Report of an investigation of the epidemic of malarial fever in Assam, or, kala-azar
Disease focus: Malaria
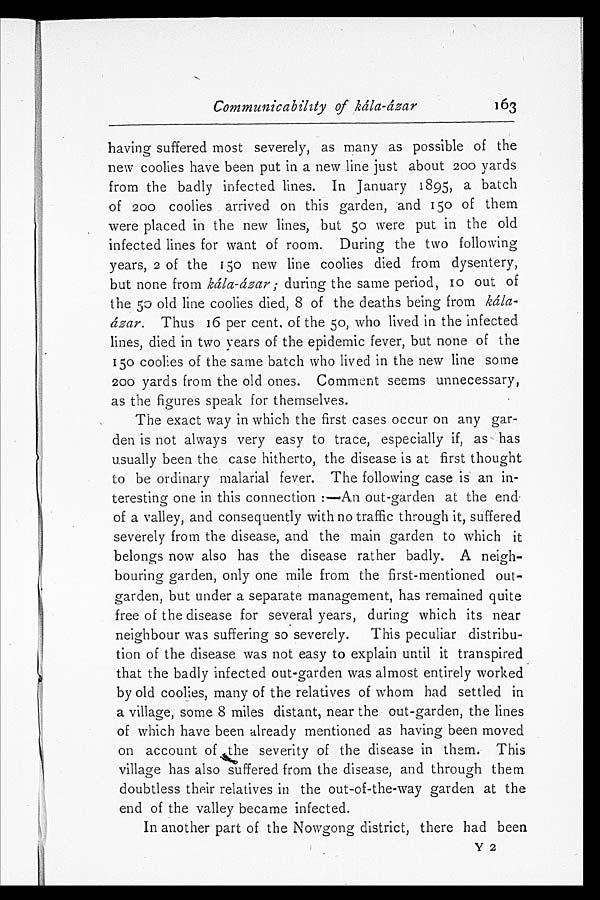
Communicability of kála-ázar
163
having suffered most severely, as many as possible of the
new coolies have been put in a new line just about 200 yards
from the badly infected lines. In January 1895, a batch
of 200 coolies arrived on this garden, and 150 of them
were placed in the new lines, but 50 were put in the old
infected lines for want of room. During the two following
years, 2 of the 150 new line coolies died from dysentery,
but none from kála-ázar ; during the same period, to out of
the 50 old line coolies died, 8 of the deaths being from kála
- á z a r .
T h u s 1 6 p e r c e n t . o f t h e 5 0 , w h o l i v e d i n t h e i n f e c t e d
lines, died in two years of the epidemic fever, but none of the
1 5 0 c o o l i e s o f t h e s a m e b a t c h w h o l i v e d i n t h e n e w l i n e s o m e
200 yards from the old ones. Comment seems unnecessary,
as the figures speak for themselves.
The exact way in which the first cases occur on any gar-
den is not always very easy to trace, especially if, as has
u s u a l l y b e e n t h e c a s e h i t h e r t o , t h e d i s e a s e i s a t f i r s t t h o u g h t
to be ordinary malarial fever. The following case is an in-
teresting one in this connection:—An out-garden at the end
of a valley, and consequently with no traffic through it, suffered
severely from the disease, and the main garden to which it
belongs now also has the disease rather badly. A neigh-
bouring garden, only one mile from the first-mentioned out-
garden, but under a separate management, has remained quite
free of the disease for several years, during which its near
neighbour was suffering so severely. This peculiar distribu-
tion of the disease was not easy to explain until it transpired
that the badly infected out-garden was almost entirely worked
by old coolies, many of the relatives of whom had settled in
a village, some 8 miles distant, near the out-garden, the lines
of which have been already mentioned as having been moved
on account of the severity of the disease in them. This
village has also suffered from the disease, and through them
doubtless their relatives in the out-of-the-way garden at the
end of the valley became infected.
In another part of the Nowgong district, there had been
Y 2